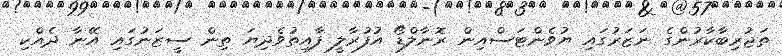
ތަޖުރިބާކާރުންގެ ނަޒަރުގައި ޔުވެންޓަސްއިން ރޮނާލްޑޯ އުފުރާލީ ފާއިތުވެދިޔަ ތިން ސީޒަނުގައި އޭނާ ދެއްކި